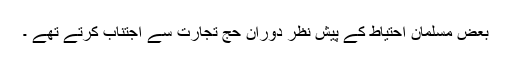
بعض مسلمان احتیاط کے پیش نظر دورانِ حج تجارت سے اجتناب کرتے تھے ۔